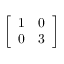
\left[ { \begin{array} { l l } { 1 } & { 0 } \\ { 0 } & { 3 } \end{array} } \right]